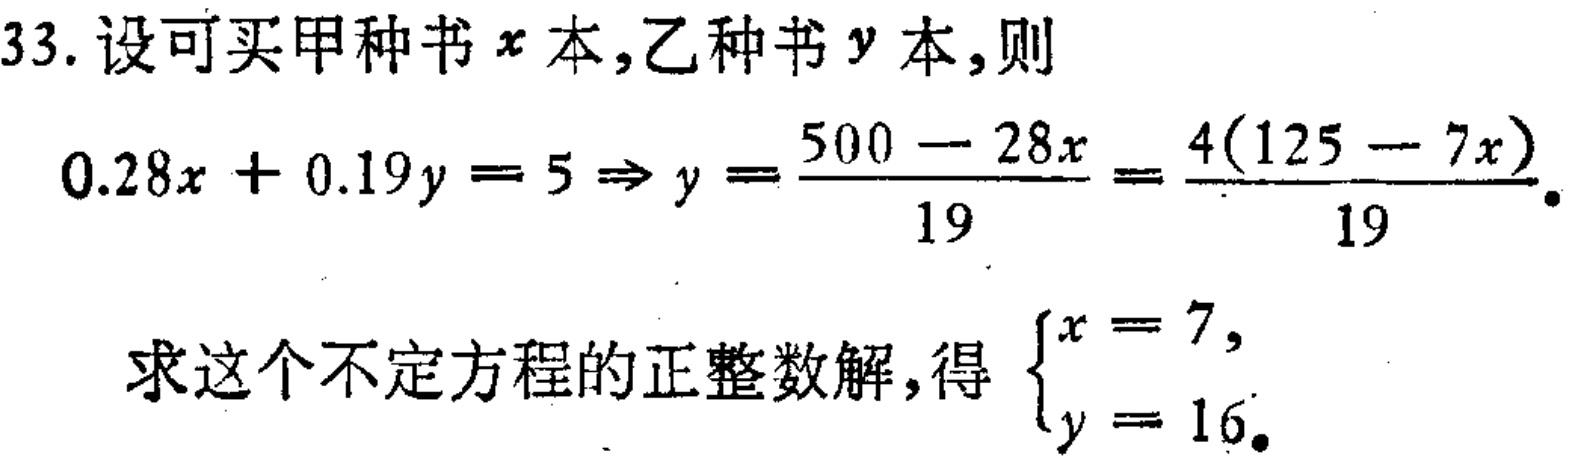
33. 设可买甲种书\(x\)本,乙种书\(y\)本,则
\(0.28x + 0.19y = 5 \Rightarrow y = \frac{500 - 28x}{19} = \frac{4(125 - 7x)}{19}\).
求这个不定方程的正整数解,得\(\begin{cases}x = 7,\\y = 16.\end{cases}\)